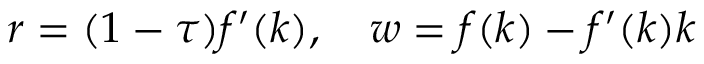
r = ( 1 - \tau ) f ^ { \prime } ( k ) , \quad w = f ( k ) - f ^ { \prime } ( k ) k